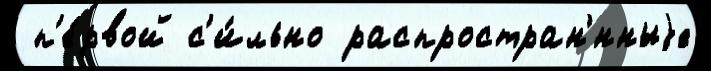
 п'е́рвой с'и́льно распростран'́нныjе